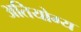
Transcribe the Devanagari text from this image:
अतियोग्य